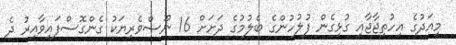
މިއަދުގެ އިހުތިޖާޖާއި ގުޅިގެން ފުލުހުންގެ ބެލުމުގެ ދަށަށް 16 ނޫސްވެރިޔަކު ގެންގޮސްފައިވާއިރު ދެ